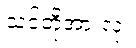
သင်တို့အားလုံး